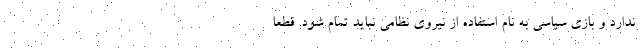
ندارد و بازی سیاسی به نام استفاده از نیروی نظامی نباید تمام شود. قطعا